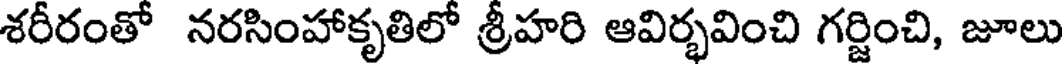
శరీరంతో నరసింహాకృతిలో శ్రీహరి ఆవిర్భవించి గర్జించి, జూలు